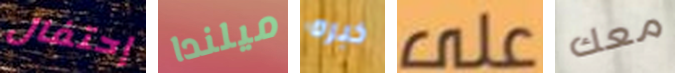
إحتفال ميلندا خبره على معك